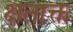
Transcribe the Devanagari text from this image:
क्षताक्त